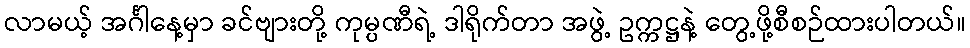
လာမယ့် အင်္ဂါနေ့မှာ ခင်ဗျားတို့ ကုမ္ပဏီရဲ့ ဒါရိုက်တာ အဖွဲ့ ဥက္ကဋ္ဌနဲ့ တွေ့ဖို့စီစဉ်ထားပါတယ်။